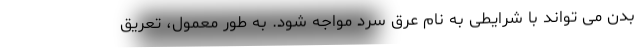
بدن می تواند با شرایطی به نام عرق سرد مواجه شود. به طور معمول، تعریق